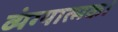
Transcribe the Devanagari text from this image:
व्यंग्यात्मक।